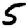
Digit: 5